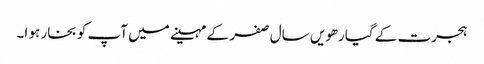
ہجرت کے گیارھویں سال صفر کے مہینے میں آپ کو بخار ہو ا۔